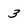
Character: 3